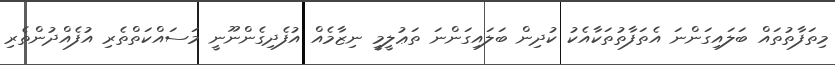
މިތަފާތުތައް ބަލައިގަންނަ އެތަފާތުތަކާއެކު ކުދިން ބަލައިގަންނަ ތަޢުލީމީ ނިޒާމެއް އުފެދިގެންނޫނީ މަސައްކަތްތެރި އުފެއްދުންތެރި